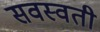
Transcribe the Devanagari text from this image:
सवस्वती